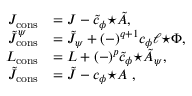
\begin{array} { r l } { J _ { \mathrm { c o n s } } } & { = J - \tilde { c } _ { \phi } { \star \tilde { A } } , } \\ { \tilde { J } _ { \mathrm { c o n s } } ^ { \psi } } & { = \tilde { J } _ { \psi } + ( - ) ^ { q + 1 } c _ { \phi } \ell { \star \Phi } , } \\ { L _ { \mathrm { c o n s } } } & { = L + ( - ) ^ { p } \tilde { c } _ { \phi } { \star \tilde { A } _ { \psi } } , } \\ { \tilde { J } _ { \mathrm { c o n s } } } & { = \tilde { J } - c _ { \phi } { \star A } ~ , } \end{array}